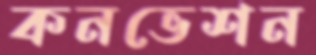
কনভেশন